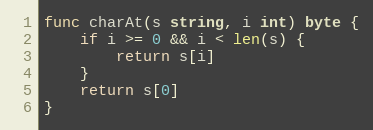
Language: Go
func charAt(s string, i int) byte {
	if i >= 0 && i < len(s) {
		return s[i]
	}
	return s[0]
}